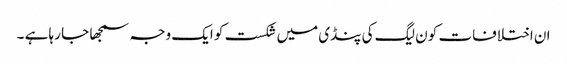
ان اختلافات کو ن لیگ کی پنڈی میں شکست کو ایک وجہ سمجھا جا رہا ہے ۔